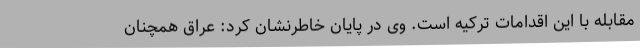
مقابله با این اقدامات ترکیه است. وی در پایان خاطرنشان کرد: عراق همچنان